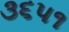
૩૬૫૧